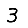
Digit: 3